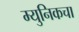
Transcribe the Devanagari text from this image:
म्युनिकचा